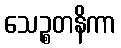
သေဉ္စတနိကာ